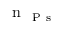
\mathrm { ~ n ~ } _ { \mathrm { ~ P ~ s ~ } }